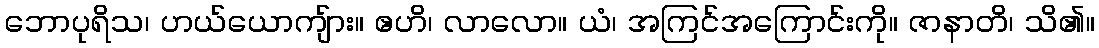
ဘောပုရိသ၊ ဟယ်ယောကျ်ား။ ဧဟိ၊ လာလော။ ယံ၊ အကြင်အကြောင်းကို။ ဇာနာတိ၊ သိ၏။